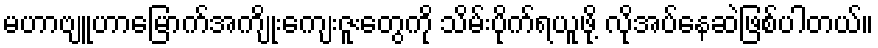
မဟာဗျူဟာမြောက်အကျိုးကျေးဇူးတွေကို သိမ်းပိုက်ရယူဖို့ လိုအပ်နေဆဲဖြစ်ပါတယ်။